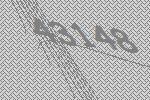
43148